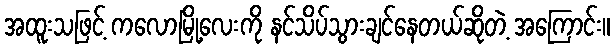
အထူးသဖြင့် ကလောမြို့လေးကို နင်သိပ်သွားချင်နေတယ်ဆိုတဲ့ အကြောင်း။